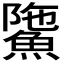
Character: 𩸻